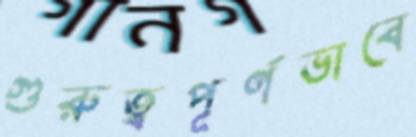
গুরুত্বপূর্ণভাবে